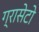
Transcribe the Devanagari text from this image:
ग्रासेटो